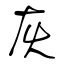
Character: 灰